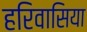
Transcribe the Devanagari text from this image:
हरिवासिया